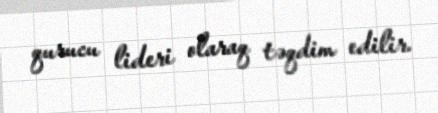
qurucu lideri olaraq təqdim edilir.